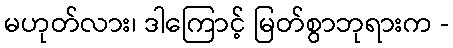
မဟုတ်လား၊ ဒါကြောင့် မြတ်စွာဘုရားက -